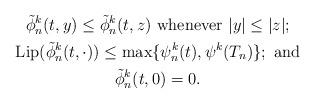
\begin{gather*} \tilde{\phi}_n^k (t,y) \leq \tilde{\phi}_n^k(t, z)\ \textrm{whenever}\ |y| \leq |z|;\\\mathrm{Lip}(\tilde{\phi}_n^k(t,\cdot)) \leq \max\{\psi_n^k (t), \psi^k (T_n)\};\ \textrm{and}\\\tilde{\phi}_n^k (t, 0) = 0.\end{gather*}